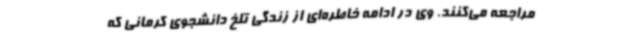
مراجعه می‌کنند. وی در ادامه خاطره‌ای از زندگی تلخ دانشجوی کرمانی که